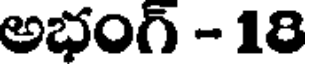
అభంగ్ - 18